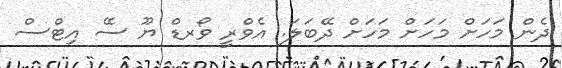
ދެން މަހަށް މަހަށް މަހަށް ދޭބަލަ. އެވްރީ ވޯރޑް ޔޫ ސޭ އިޓްސް